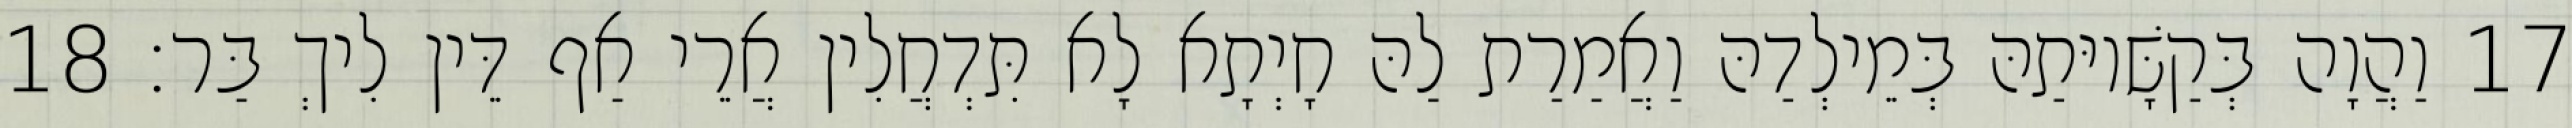
17 וַהֲוָה בְּקַשָּׁיוּתַהּ בְּמֵילְדַהּ וַאֲמַרַת לַהּ חָיְתָא לָא תִּדְחֲלִין אֲרֵי אַף דֵּין לִיךְ בַּר׃ 18